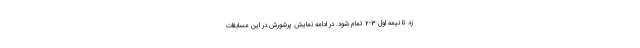
زد تا نیمه اول 3-2 تمام شود. در ادامه نمایش پرشورش در این مسابقات